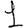
Digit: 1